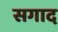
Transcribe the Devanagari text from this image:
सगाद